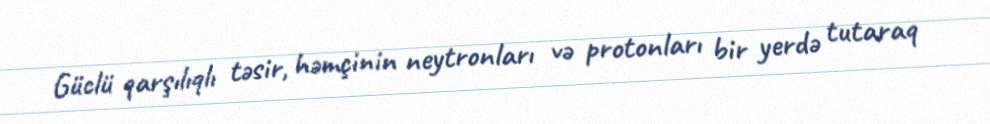
Güclü qarşılıqlı təsir, həmçinin neytronları və protonları bir yerdə tutaraq